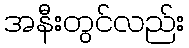
အနီးတွင်လည်း